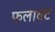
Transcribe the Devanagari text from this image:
फलावट